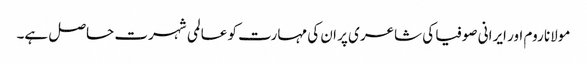
مولانا روم اور ایرانی صوفیا کی شاعری پر ان کی مہارت کو عالمی شہرت حاصل ہے۔